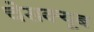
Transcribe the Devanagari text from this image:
चेसक्यूब